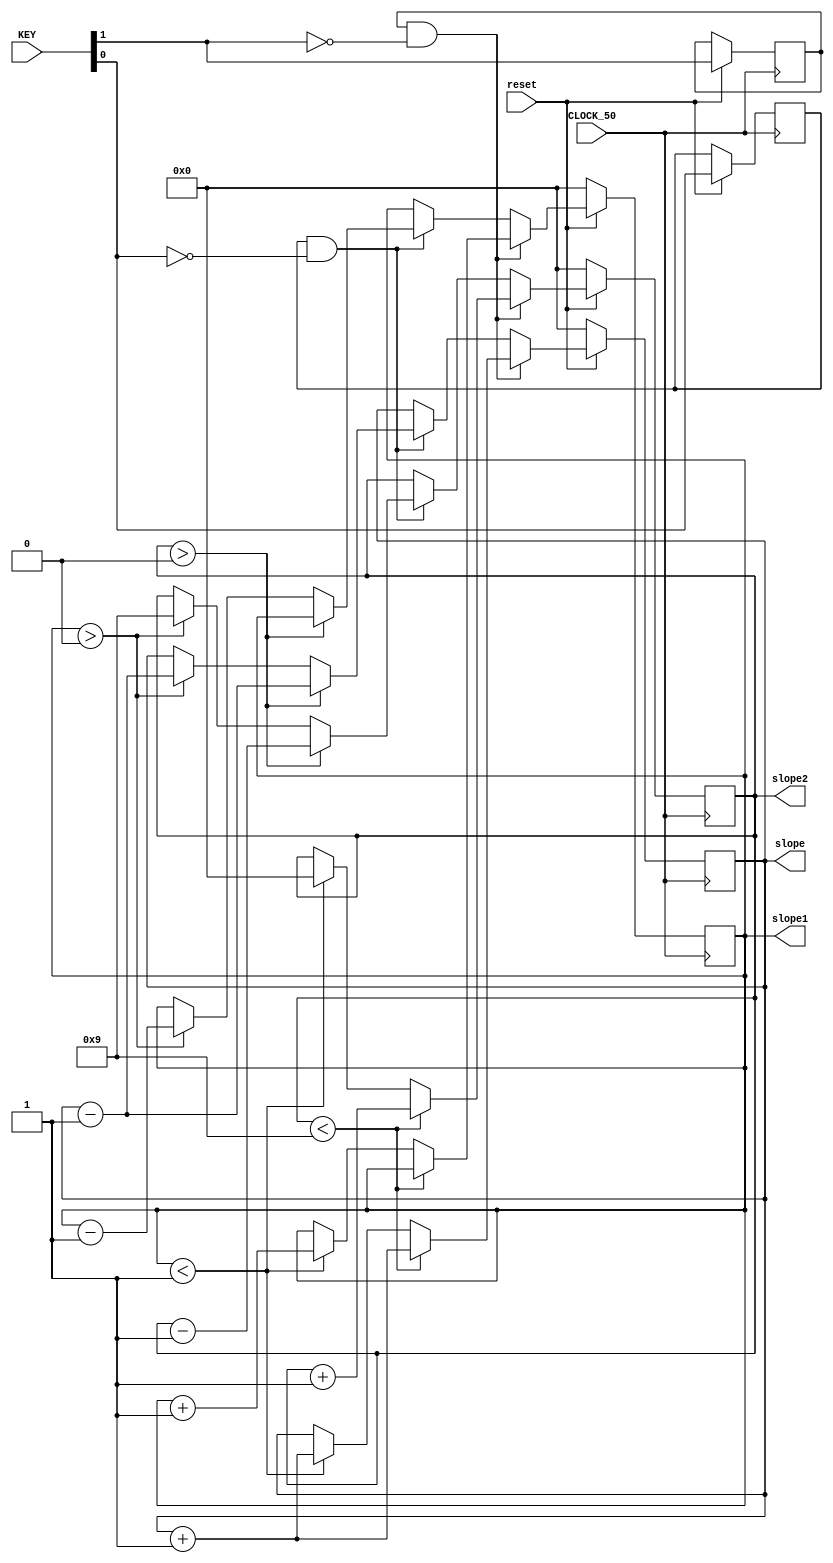
module modify_slope( CLOCK_50, KEY, slope1, slope2, slope, reset );

input wire CLOCK_50, reset; 
input wire [3:0] KEY; 
output reg [3:0] slope1, slope2, slope;

reg old_key1; 
reg old_key0;

always @( posedge CLOCK_50 ) begin
	if( !reset ) begin
		slope = 0; 
		slope2 = 0; 
		slope1 = 0; 
	end
	else begin
		if( old_key1 && !KEY[1] ) begin
			if( slope2 < 9 ) begin
				 slope2 = slope2 + 1;
				 slope = slope + 1; 
			end
			else begin
				if( slope1 < 1 ) begin
					 slope2 = 0;
					 slope1 = slope1 + 1;
					 slope = slope + 1; 
				end
			end
		end
		else if( old_key0 && !KEY[0] ) begin
			if( slope2 > 0 ) begin
				 slope2 = slope2 - 1;
				 slope = slope - 1; 
			end
			else begin
				if( slope1 > 0 ) begin
					slope2 = 9;
					slope1 = slope1 - 1;
					slope = slope - 1; 
				 end
			end
		end
		old_key1 = KEY[1];
		old_key0 = KEY[0];
	end
end
endmodule